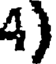
4)